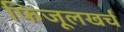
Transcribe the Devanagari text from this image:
फिजूलखर्च